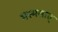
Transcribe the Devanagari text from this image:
भस्मसात्‌